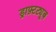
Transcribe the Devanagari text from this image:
ड्राफ़्टट्यूब